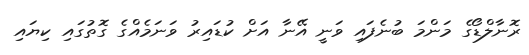
ރޮނާލްޑޯގެ މަންމަ ބުނެފައި ވަނީ އޭނާ އަށް ކުޑައިރު ވަނަމެއްގެ ގޮތުގައި ކިޔައި